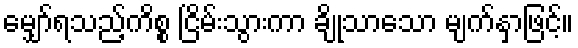
မျှော်ရသည့်ကိစ္စ ငြိမ်းသွားကာ ချိုသာသော မျက်နှာဖြင့်။